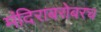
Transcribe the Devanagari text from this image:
मंदिराबरोबरच